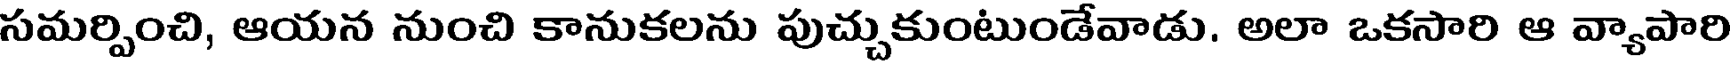
సమర్పించి, ఆయన నుంచి కానుకలను పుచ్చుకుంటుండేవాడు. అలా ఒకసారి ఆ వ్యాపారి